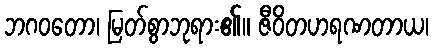
ဘဂဝတော၊ မြတ်စွာဘုရား၏။ ဇီဝိတဟရဏတာယ၊